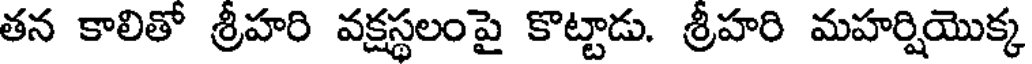
తన కాలితో శ్రీహరి వక్షస్థలంపై కొట్టాడు. శ్రీహరి మహర్షియొక్క